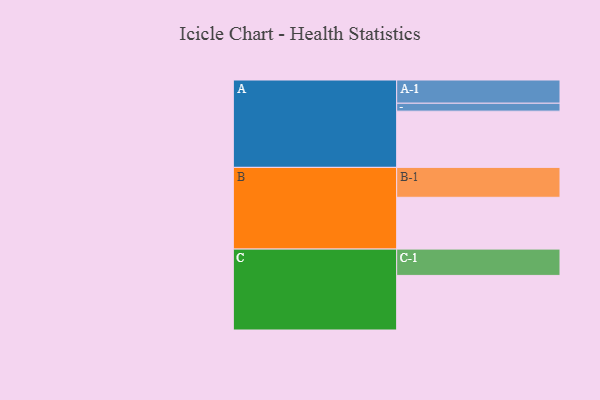
{"axis": {"x": "Segment", "y": "Value"}, "legend": ["", "A", "B", "C"], "data": [{"x": "A", "y": 547, "type": ""}, {"x": "B", "y": 504, "type": ""}, {"x": "C", "y": 531, "type": ""}, {"x": "A-1", "y": 226, "type": "A"}, {"x": "A-2", "y": 77, "type": "A"}, {"x": "B-1", "y": 291, "type": "B"}, {"x": "C-1", "y": 256, "type": "C"}]}